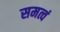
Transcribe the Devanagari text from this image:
समत्वं